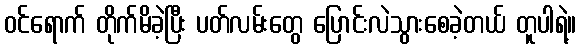
ဝင်ရောက် တိုက်မိခဲ့ပြီး ပတ်လမ်းတွေ ပြောင်းလဲသွားစေခဲ့တယ် တူပါရဲ့။